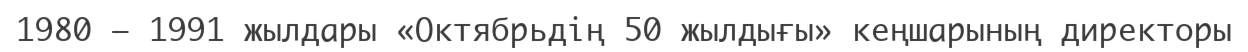
1980 – 1991 жылдары «Октябрьдің 50 жылдығы» кеңшарының директоры